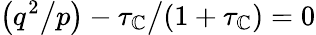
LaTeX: \big(q^{2}\big/p\big)-\tau_{\mathbb{C}}\big/(1+\tau_{\mathbb{C}})=0